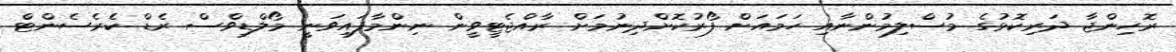
ރޮހިންޖާ ދަރިކޮޅުގެ މުސްލިމުންނާއި ހަމައަށް ފޯރުކޮށްދިނުމަށް ރާއްޖެޓީވީން ނިންމާފައިވަނީ މޯލްޑިވްސް ރެޑް ކެރެސެންޓް